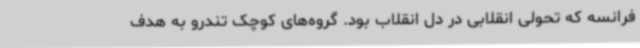
فرانسه که تحولی انقلابی در دل انقلاب بود. گروه‌های کوچک تندرو به هدف